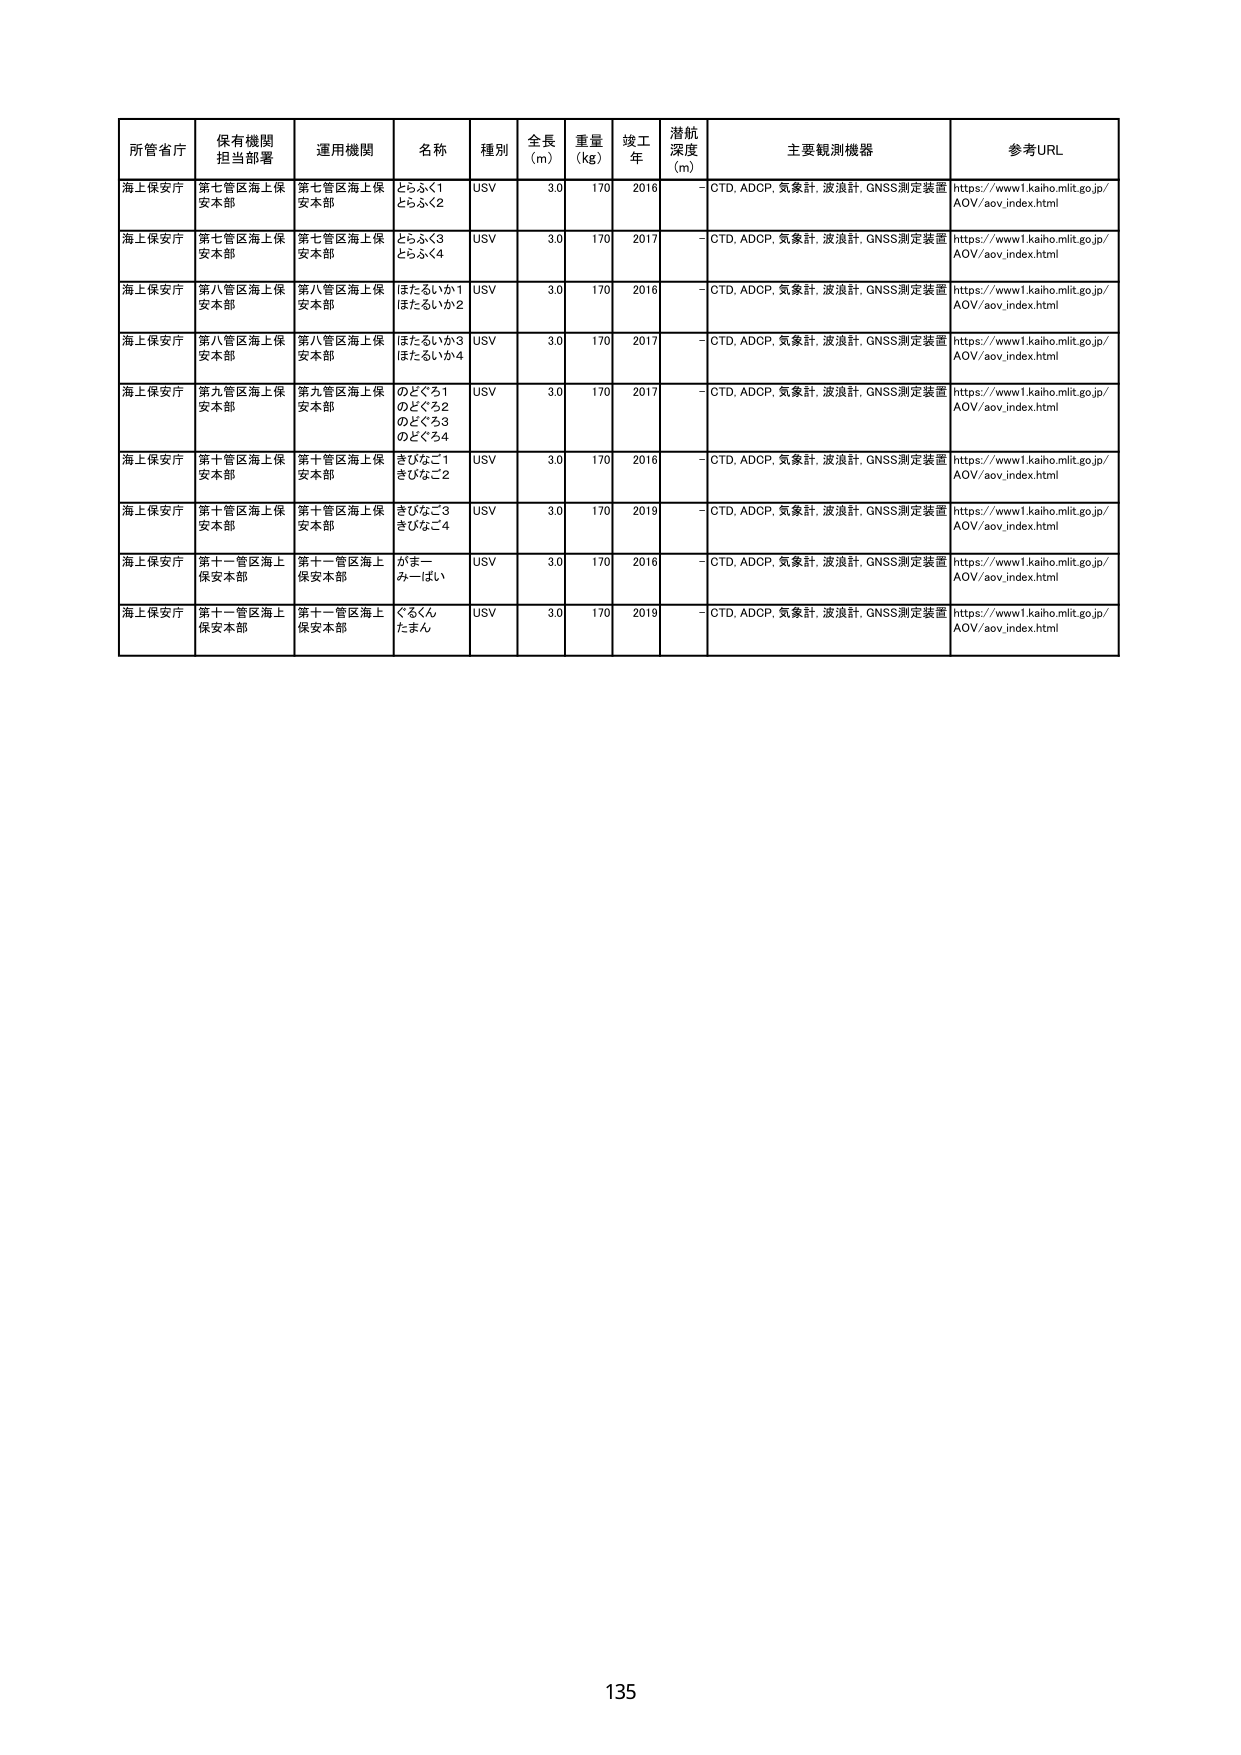
所管省庁 保有機関 担当部署 運用機関 名称 種別 全長 (m) 重量 (kg) 竣工 年 潜航 深度 (m) 主要観測機器 参考URL
海上保安庁 第七管区海上保安本部 第七管区海上保安本部 とらふく1 とらふく2 USV 3.0 170 2016 - CTD, ADCP, 気象計, 波浪計, GNSS測定装置 https://www1.kaiho.mlit.go.jp/AOV/aov_index.html
海上保安庁 第七管区海上保安本部 第七管区海上保安本部 とらふく3 とらふく4 USV 3.0 170 2017 - CTD, ADCP, 気象計, 波浪計, GNSS測定装置 https://www1.kaiho.mlit.go.jp/AOV/aov_index.html
海上保安庁 第八管区海上保安本部 第八管区海上保安本部 ほたるいか1 ほたるいか2 USV 3.0 170 2016 - CTD, ADCP, 気象計, 波浪計, GNSS測定装置 https://www1.kaiho.mlit.go.jp/AOV/aov_index.html
海上保安庁 第八管区海上保安本部 第八管区海上保安本部 ほたるいか3 ほたるいか4 USV 3.0 170 2017 - CTD, ADCP, 気象計, 波浪計, GNSS測定装置 https://www1.kaiho.mlit.go.jp/AOV/aov_index.html
海上保安庁 第九管区海上保安本部 第九管区海上保安本部 のどぐろ1 のどぐろ2 のどぐろ3 のどぐろ4 USV 3.0 170 2017 - CTD, ADCP, 気象計, 波浪計, GNSS測定装置 https://www1.kaiho.mlit.go.jp/AOV/aov_index.html
海上保安庁 第十管区海上保安本部 第十管区海上保安本部 きびなご1 きびなご2 USV 3.0 170 2016 - CTD, ADCP, 気象計, 波浪計, GNSS測定装置 https://www1.kaiho.mlit.go.jp/AOV/aov_index.html
海上保安庁 第十管区海上保安本部 第十管区海上保安本部 きびなご3 きびなご4 USV 3.0 170 2019 - CTD, ADCP, 気象計, 波浪計, GNSS測定装置 https://www1.kaiho.mlit.go.jp/AOV/aov_index.html
海上保安庁 第十一管区海上保安本部 第十一管区海上保安本部 がまー みーばい USV 3.0 170 2016 - CTD, ADCP, 気象計, 波浪計, GNSS測定装置 https://www1.kaiho.mlit.go.jp/AOV/aov_index.html
海上保安庁 第十一管区海上保安本部 第十一管区海上保安本部 ぐるくん たまん USV 3.0 170 2019 - CTD, ADCP, 気象計, 波浪計, GNSS測定装置 https://www1.kaiho.mlit.go.jp/AOV/aov_index.html
135